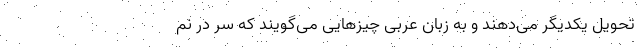
تحویل یکدیگر می‌دهند و به زبان عربی چیز‌هایی می‌گویند که سر در نم